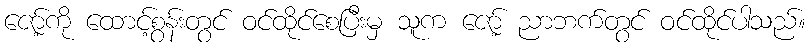
ဇော့်ကို ထောင့်စွန်းတွင် ဝင်ထိုင်စေပြီးမှ သူက ဇော့် ညာဘက်တွင် ဝင်ထိုင်ပါသည်။